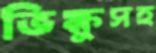
ভিক্ষুসহ